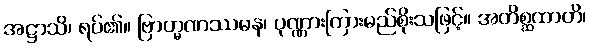
အဋ္ဌာသိ၊ ရပ်၏။ ဗြာဟ္မဏဿမန၊ ပုဏ္ဏားကြားမည်စိုးသဖြင့်။ အတိစ္ဆထာတိ၊